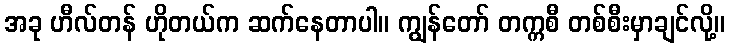
အခု ဟီလ်တန် ဟိုတယ်က ဆက်နေတာပါ။ ကျွန်တော် တက္ကစီ တစ်စီးမှာချင်လို့။